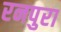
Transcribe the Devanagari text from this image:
रनपुरा